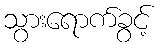
သွားရောက်ခွင့်